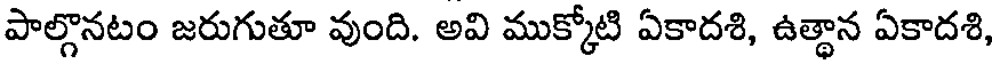
పాల్గొనటం జరుగుతూ వుంది. అవి ముక్కోటి ఏకాదశి, ఉత్థాన ఏకాదశి,